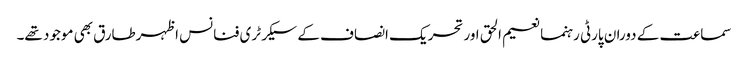
سماعت کے دوران پارٹی رہنما نعیم الحق اور تحریک انصاف کے سیکرٹری فنانس اظہرطارق بھی موجود تھے۔